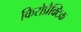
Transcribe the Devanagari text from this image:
किरोप्रैक्टिक